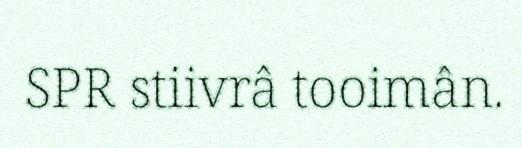
SPR stiivrâ tooimân.